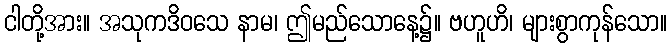
ငါတို့အား။ အသုကဒိဝသေ နာမ၊ ဤမည်သောနေ့၌။ ဗဟူဟိ၊ များစွာကုန်သော။